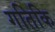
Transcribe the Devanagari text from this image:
गतिकि